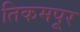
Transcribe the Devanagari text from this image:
तिकमपूर